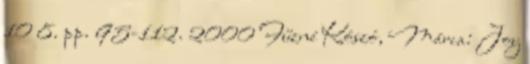
10 8. pp. 95-112. 2000 Fűzné Kószó, Mária: Joy